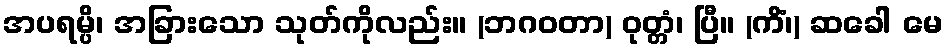
အပရမ္ပိ၊ အခြားသော သုတ်ကိုလည်း။ (ဘဂဝတာ) ဝုတ္တံ၊ ပြီ။ (ကိံ၊) ဆခေါ မေ